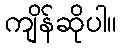
ကျိန်ဆိုပါ။